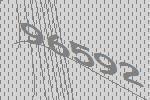
96592